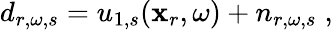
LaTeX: d_{r,\omega,s}=u_{1,s}(\mathbf{x}_{r},\omega)+n_{r,\omega,s}\; ,